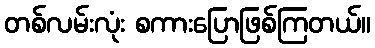
တစ်လမ်းလုံး စကားပြောဖြစ်ကြတယ်။